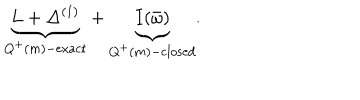
\underbrace { L + \Delta ^ { ( 1 ) } } _ { Q ^ { + } ( m ) - \mathrm { e x a c t } } + \underbrace { I ( \bar { \omega } ) } _ { Q ^ { + } ( m ) - \mathrm { c l o s e d } } .